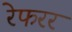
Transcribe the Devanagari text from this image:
रेफरर